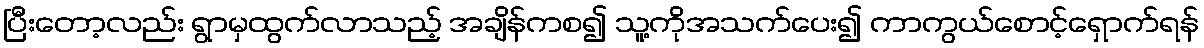
ပြီးတော့လည်း ရွာမှထွက်လာသည့် အချိန်ကစ၍ သူ့ကိုအသက်ပေး၍ ကာကွယ်စောင့်ရှောက်ရန်